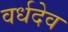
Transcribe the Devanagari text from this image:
वर्धदेव